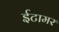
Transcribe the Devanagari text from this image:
ईटामर